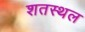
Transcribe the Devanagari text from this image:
शतस्थल